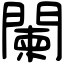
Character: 闌